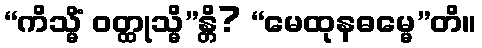
“ကိသ္မိံ ဝတ္ထုသ္မိ”န္တိ? “မေထုနဓမ္မေ”တိ။